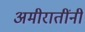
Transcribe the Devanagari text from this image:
अमीरातींनी